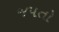
જપતો